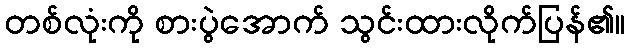
တစ်လုံးကို စားပွဲအောက် သွင်းထားလိုက်ပြန်၏။